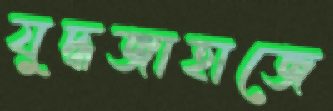
যুদ্ধজাহাজে